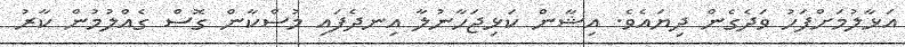
އަޅާލުމަށްފަހު ވަދެގެން ދިޔައެވެ. އިޝާން ކަޅިޖަހާނުލާ އިނދެފައި މުސްކާން ގޮސް ގެއްލުމުން ކާރު